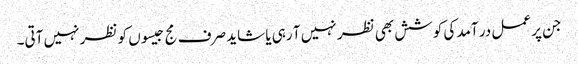
جن پر عمل در آمد کی کوشش بھی نظر نہیں آ رہی یا شاید صرف مج جیسوں کو نظر نہیں آتی۔